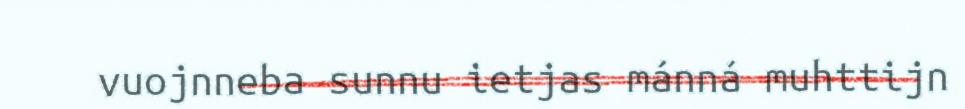
vuojnneba sunnu ietjas mánná muhttijn